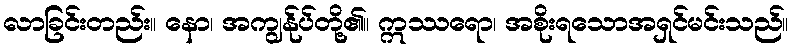
လာခြင်းတည်း။ နော၊ အကျွန်ုပ်တို့၏။ ဣဿရော၊ အစိုးရသောအရှင်မင်းသည်။